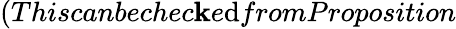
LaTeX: (Thiscanbechec\mathbf{k}e\mathrm{d}fromProposition